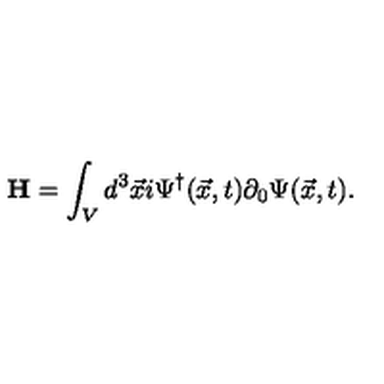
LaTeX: { \bf H } = \int _ { V } d ^ { 3 } { \vec { x } } i \Psi ^ { \dag } ( \vec { x } , t ) \partial _ { 0 } \Psi ( \vec { x } , t ) .